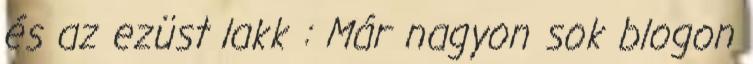
és az ezüst lakk : Már nagyon sok blogon